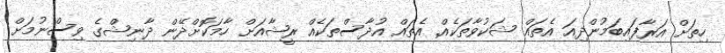
ހިތަށް އަރާފައިބަމުންދިއަ އެތައް ޝަކުވާތަކެއް